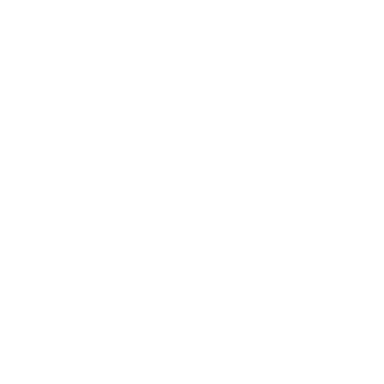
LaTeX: \fbox { ( \lambda - i s _ { q } ) ^ { N } Q _ { s _ { q } } ( \lambda + i ) + ( \lambda + i s _ { q } ) ^ { N } Q _ { s _ { q } } ( \lambda - i ) = T _ { \frac { 1 } { 2 } s _ { q } } ( \lambda ; s _ { q } ) Q _ { s _ { q } } ( \lambda ) , }